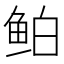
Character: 鲌